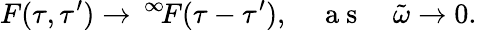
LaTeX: F(\tau,\tau^{\prime})\to\, ^{\infty}\! F(\tau-\tau^{\prime}),\quad\mathrm{~a~s~}\quad\tilde{\omega}\to 0.